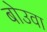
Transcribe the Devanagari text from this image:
बोउवा